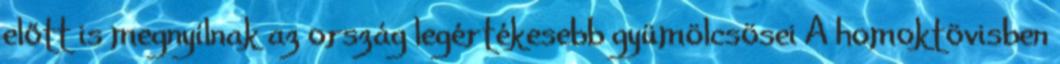
előtt is megnyílnak az ország legértékesebb gyümölcsösei A homoktövisben